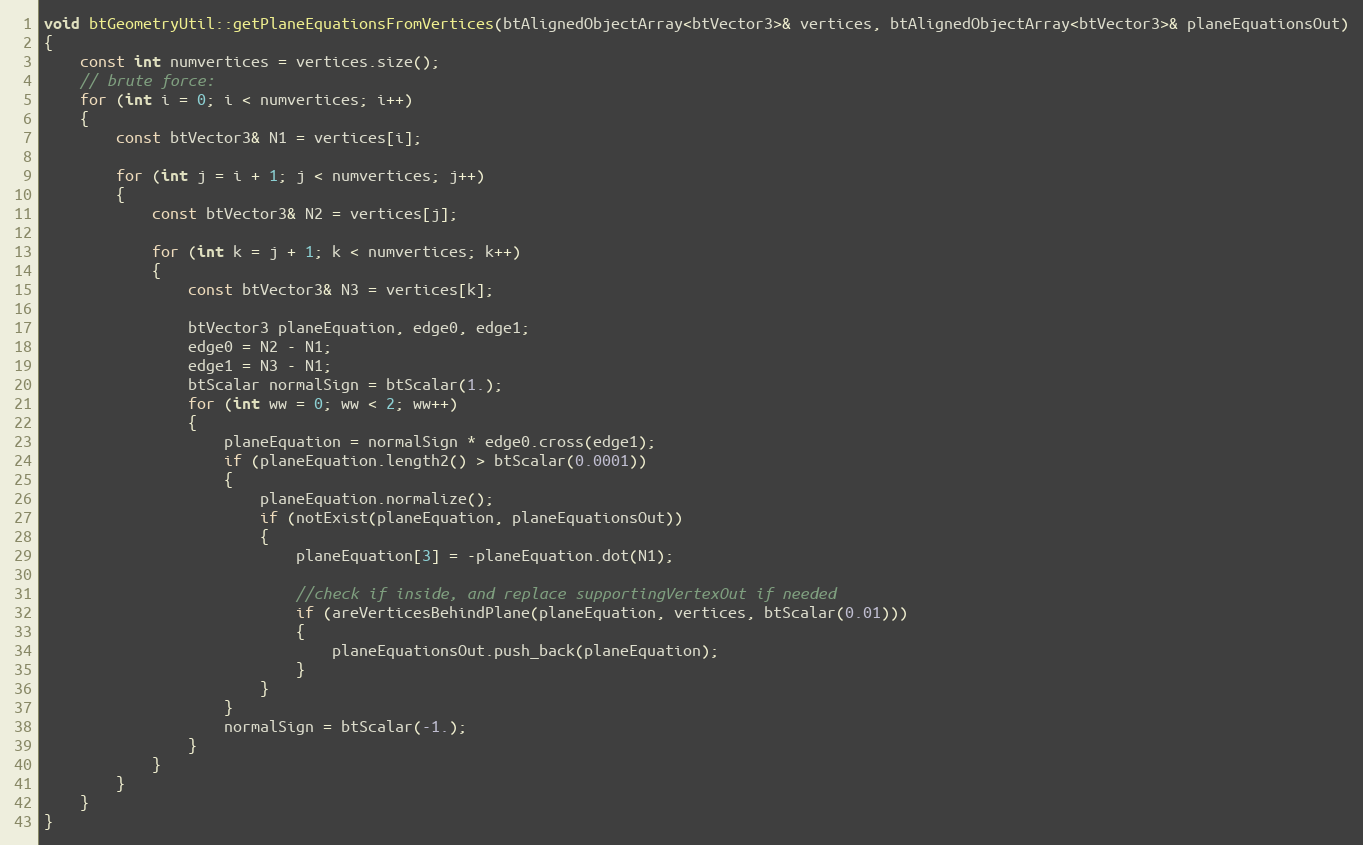
Language: C++
void btGeometryUtil::getPlaneEquationsFromVertices(btAlignedObjectArray<btVector3>& vertices, btAlignedObjectArray<btVector3>& planeEquationsOut)
{
	const int numvertices = vertices.size();
	// brute force:
	for (int i = 0; i < numvertices; i++)
	{
		const btVector3& N1 = vertices[i];

		for (int j = i + 1; j < numvertices; j++)
		{
			const btVector3& N2 = vertices[j];

			for (int k = j + 1; k < numvertices; k++)
			{
				const btVector3& N3 = vertices[k];

				btVector3 planeEquation, edge0, edge1;
				edge0 = N2 - N1;
				edge1 = N3 - N1;
				btScalar normalSign = btScalar(1.);
				for (int ww = 0; ww < 2; ww++)
				{
					planeEquation = normalSign * edge0.cross(edge1);
					if (planeEquation.length2() > btScalar(0.0001))
					{
						planeEquation.normalize();
						if (notExist(planeEquation, planeEquationsOut))
						{
							planeEquation[3] = -planeEquation.dot(N1);

							//check if inside, and replace supportingVertexOut if needed
							if (areVerticesBehindPlane(planeEquation, vertices, btScalar(0.01)))
							{
								planeEquationsOut.push_back(planeEquation);
							}
						}
					}
					normalSign = btScalar(-1.);
				}
			}
		}
	}
}